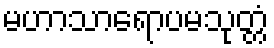
မဟာသာရောပမသုတ္တံ